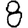
Digit: 8